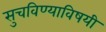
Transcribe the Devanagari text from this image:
सुचविण्याविषयी